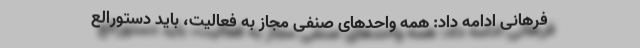
فرهانی ادامه داد: همه واحد‌های صنفی مجاز به فعالیت، باید دستورالع